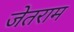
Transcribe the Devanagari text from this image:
जेतराम